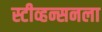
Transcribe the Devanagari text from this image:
स्टीव्हन्सनला